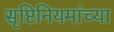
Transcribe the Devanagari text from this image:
सृष्टिनियमांच्या